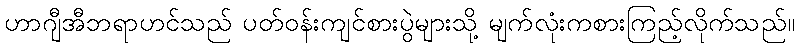
ဟာဂျီအီဘရာဟင်သည် ပတ်ဝန်းကျင်စားပွဲများသို့ မျက်လုံးကစားကြည့်လိုက်သည်။